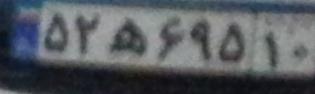
۵۲ه۶۹۵۱۰